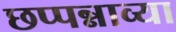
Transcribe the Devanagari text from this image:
छप्पन्नाव्या